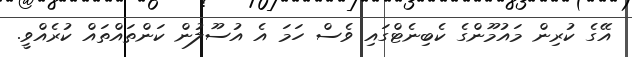
އޭގެ ކުރިން މައުމޫންގެ ކެބިނެޓްގައި ވެސް ހަމަ އެ އުސޫލުން ކަންތައްތައް ކުރެއްވީ.